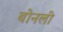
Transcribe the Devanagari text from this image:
बोनली